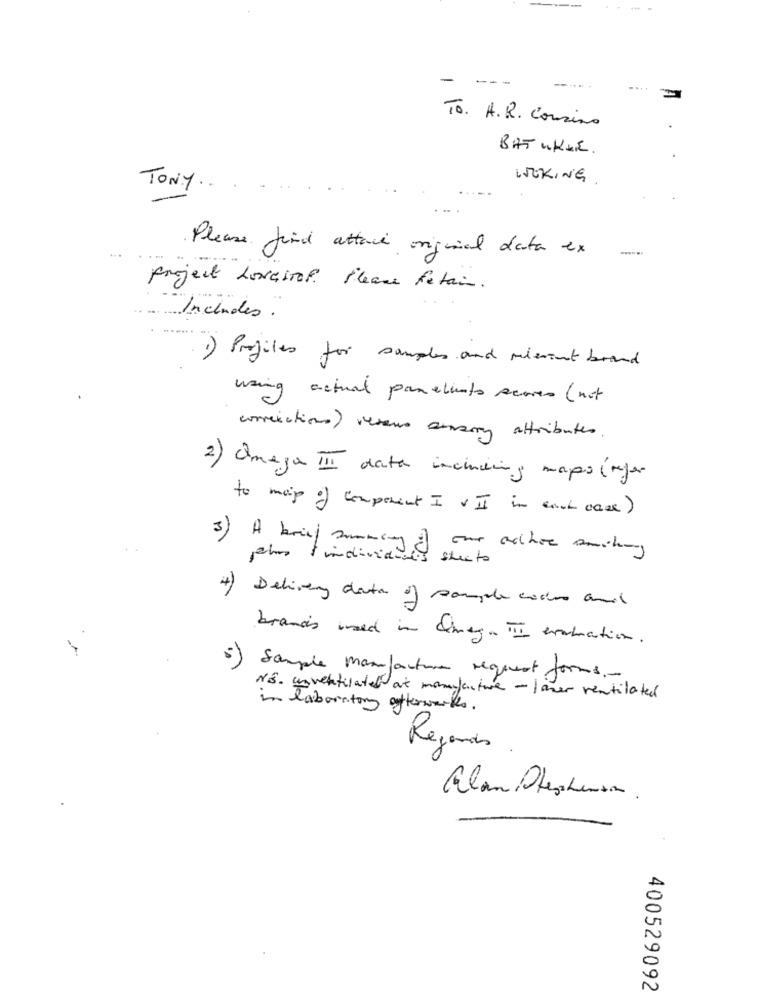
- ---
----
....
To. A. R. Cousino
BAT WKUR.
WOKING.
TONY
Please find attach original data ex
--
project LONGStof please fetain.
Includes .
1) Profiles for samples and mismut brand
wing actual panelinto scores ( not
corrections ) veseus curry attributes
2) Omega III data including mapo(reje-
to map of component I & II in each case)
3) A brief summary of our adhoc anoting
plus l'individu
sheets
4) Delivery date of sample code and
brand's used in Sinaga III evaluation.
Sample manufacture request forms-
NS. unventilated at manufacture - laver ventilated
laboratory afterwards.
Regards
400529092